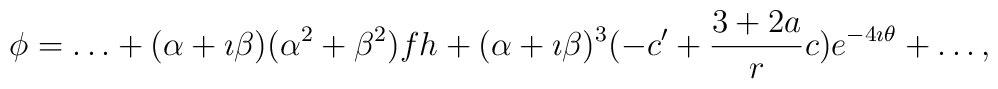
\phi = \ldots + (\alpha + \imath\beta)(\alpha^2 + \beta^2)f h +(\alpha + \imath\beta)^3 (-c' + \frac{3+2a}{r} c)e^{-4\imath\theta} + \ldots ,